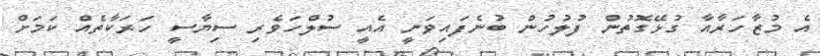
އެ މުޒާހަރާއާ ގުޅޭގޮތުން ފުލުހުން ބުނެފައިވަނީ އެއީ ސުލްހަވެރި ސިޔާސީ ހަރަކާތެއް ކަމަށް